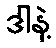
ဒါနဲ့